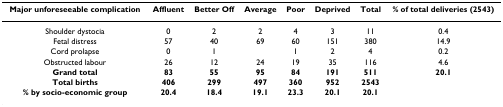
| Major unforeseeable complication | Affluent | Better Off | Average | Poor | Deprived | Total | % of total deliveries (2543) |
 | --- | --- | --- | --- | --- | --- | --- | --- |
 | Shoulder dystocia | 0 | 2 | 2 | 4 | 3 | 11 | 0.4 |
 | Fetal distress | 57 | 40 | 69 | 60 | 151 | 380 | 14.9 |
 | Cord prolapse | 0 | 1 |  | 1 | 2 | 4 | 0.2 |
 | Obstructed labour | 26 | 12 | 24 | 19 | 35 | 116 | 4.6 |
 | Grand total | 83 | 55 | 95 | 84 | 191 | 511 | 20.1 |
 | Total births | 406 | 299 | 497 | 360 | 952 | 2543 |  |
 | % by socio-economic group | 20.4 | 18.4 | 19.1 | 23.3 | 20.1 | 20.1 |  |